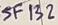
Text: SF132